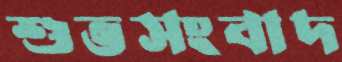
শুভসংবাদ